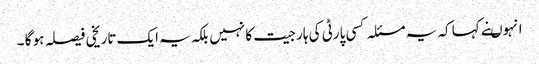
انہوںنے کہا کہ یہ مسئلہ کسی پارٹی کی ہار جیت کا نہیں بلکہ یہ ایک تاریخی فیصلہ ہو گا ۔